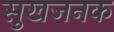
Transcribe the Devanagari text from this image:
सुखजनक